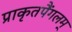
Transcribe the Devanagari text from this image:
प्राकृतपैंगलम्‌